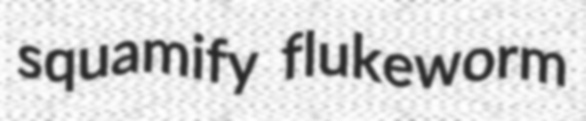
squamify flukeworm